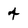
Character: 4